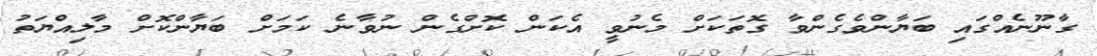
ގާނޫނެއްގައި ބަޔާންވެގެންވާ ގޮތަކަށް މެނުވީ އެކަން ކޮށްގެން ނުވާނެ ކަމަށް ބަޔާންކޮށް މާލިއްޔަތު